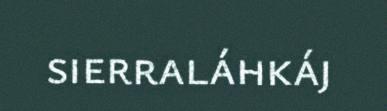
sierraláhkáj